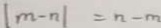
\vert m - n \vert = n - m